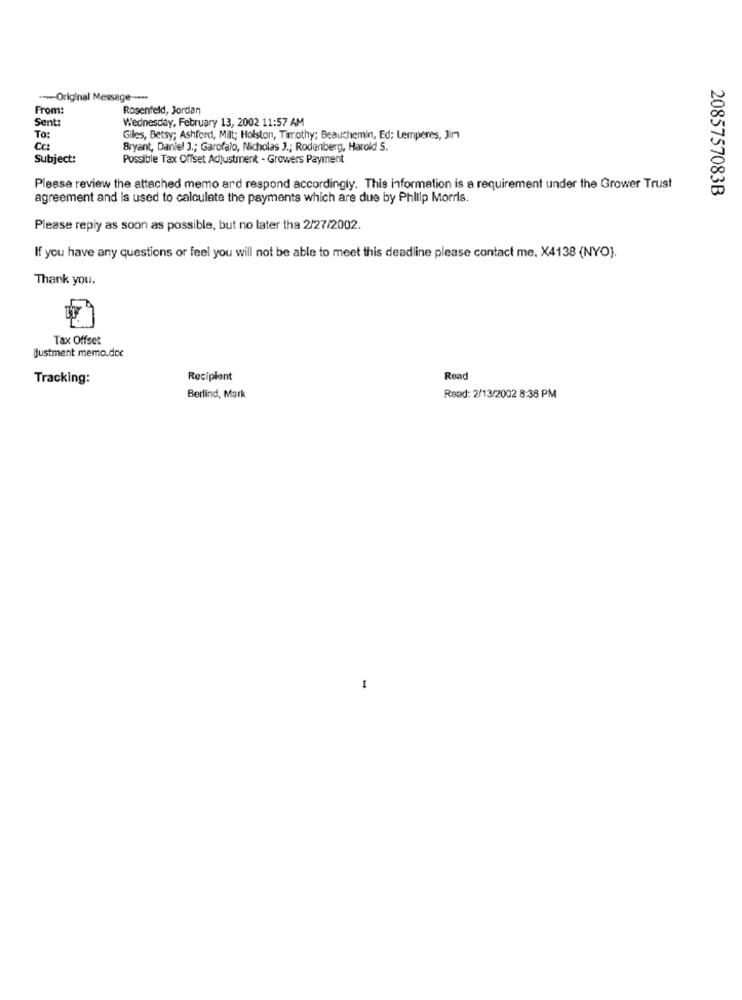
--- Original Message -····
From:
Rosenfeld, Jordan
Sent:
Wednesday, February 13, 2002 11:57 AM
To:
Gilles, Betsy; Ashford, Milt; Holston, Timothy; Beauchemin, Ed; Lemperes, Jim
CC :
Bryant, Daniel J .; Garofalo, Nicholas J .; Rodenberg, Harold S.
Subject:
Possible Tax Offset Adjustment - Growers Payment
Please review the attached memo ard respond accordingly. This information is a requirement under the Grower Trust
2085757083B
agreement and is used to calculate the payments which are due by Phillip Morris.
Please reply as soon as possible, but no later tha 2/27/2002.
If you have any questions or feel you will not be able to meet this deadline please contact me, X4138 (NYO).
Thank you.
Tax Offset
justment memo.doc
Tracking:
Recipient
Read
Berlind, Mark
Read: 2/13/2002 8:36 PM
-